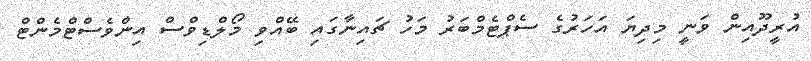
އުރީދޫއިން ވަނީ މިދިޔަ އަހަރުގެ ސެޕްޓެމްބަރު މަހު ޗައިނާގައި ބޭއްވި މޯލްޑިވްސް އިންވެސްޓްމެންޓް